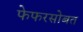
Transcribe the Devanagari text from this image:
फेफरसोबत